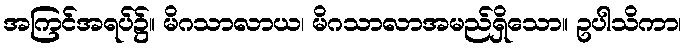
အကြင်အရပ်၌။ မိဂသာလာယ၊ မိဂသာလာအမည်ရှိသော။ ဥပါသိကာ၊